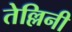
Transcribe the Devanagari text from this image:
तेल्लिनी